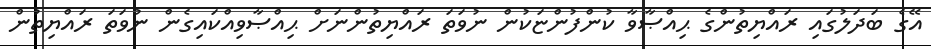
އޭގެ ބަދަލުގައި ރައްޔިތުންގެ ޙިއްޞާވާ ކުންފުންޏަކުން ނުވަތަ ރައްޔިތުންނަށް ޙިއްޞާވިއްކައިގެން ނުވަތަ ރައްޔިތުން